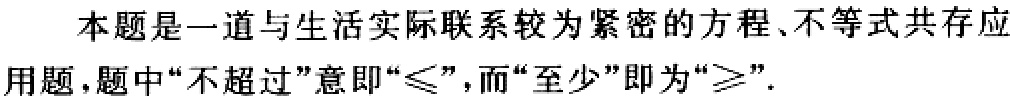
本题是一道与生活实际联系较为紧密的方程、不等式共存应用题,题中“不超过”意即“$\leqslant$”,而“至少”即为“$\geqslant$”.